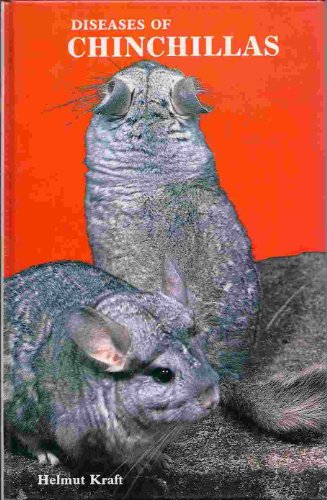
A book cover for Diseases of Chinchillas; Helmut Kraft; Medical Books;